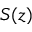
S ( z )